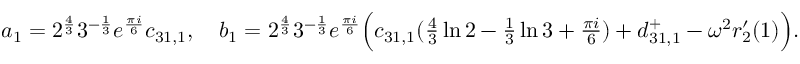
\begin{array} { r } { a _ { 1 } = 2 ^ { \frac { 4 } { 3 } } 3 ^ { - \frac { 1 } { 3 } } e ^ { \frac { \pi i } { 6 } } c _ { 3 1 , 1 } , \quad b _ { 1 } = 2 ^ { \frac { 4 } { 3 } } 3 ^ { - \frac { 1 } { 3 } } e ^ { \frac { \pi i } { 6 } } \Big ( c _ { 3 1 , 1 } ( \frac { 4 } { 3 } \ln { 2 } - \frac { 1 } { 3 } \ln { 3 } + \frac { \pi i } { 6 } ) + d _ { 3 1 , 1 } ^ { + } - \omega ^ { 2 } r _ { 2 } ^ { \prime } ( 1 ) \Big ) . } \end{array}